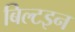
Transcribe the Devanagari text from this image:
बिल्टइन